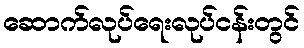
ဆောက်လုပ်ရေးလုပ်ငန်းတွင်